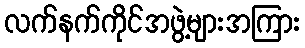
လက်နက်ကိုင်အဖွဲ့များအကြား